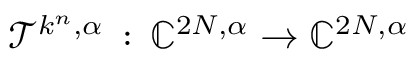
\mathcal { T } ^ { k ^ { n } , \alpha } \, : \, \mathbb { C } ^ { 2 N , \alpha } \to \mathbb { C } ^ { 2 N , \alpha }